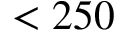
< 2 5 0